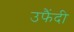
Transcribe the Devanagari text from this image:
उफैंदी